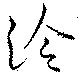
泠